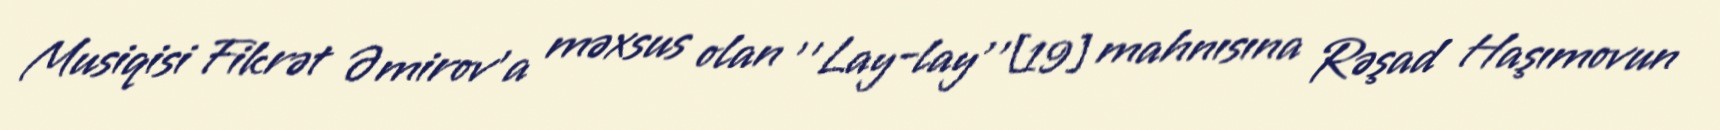
Musiqisi Fikrət Əmirov'a məxsus olan ''Lay-lay''[19] mahnısına Rəşad Haşımovun